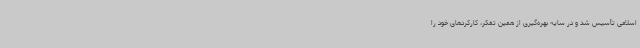
اسلامی تأسیس شد و در سایه بهره‌گیری از همین تفکر، کارکردهای خود را